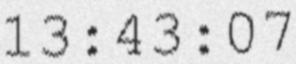
13:43:07